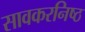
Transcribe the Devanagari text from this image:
सावकरनिष्ठ